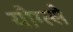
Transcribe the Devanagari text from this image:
यौग्त्से